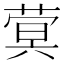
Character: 蓂